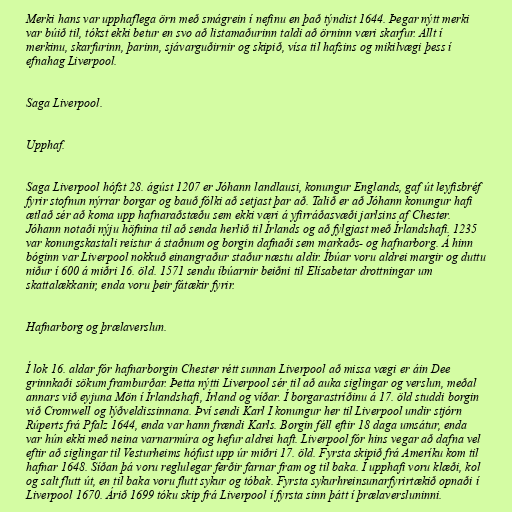
Merki hans var upphaflega örn með smágrein í nefinu en það týndist 1644. Þegar nýtt merki
var búið til, tókst ekki betur en svo að listamaðurinn taldi að örninn væri skarfur. Allt í
merkinu, skarfurinn, þarinn, sjávarguðirnir og skipið, vísa til hafsins og mikilvægi þess í
efnahag Liverpool.

Saga Liverpool.

Upphaf.

Saga Liverpool hófst 28. ágúst 1207 er Jóhann landlausi, konungur Englands, gaf út leyfisbréf
fyrir stofnun nýrrar borgar og bauð fólki að setjast þar að. Talið er að Jóhann konungur hafi
ætlað sér að koma upp hafnaraðstæðu sem ekki væri á yfirráðasvæði jarlsins af Chester.
Jóhann notaði nýju höfnina til að senda herlið til Írlands og að fylgjast með Írlandshafi. 1235
var konungskastali reistur á staðnum og borgin dafnaði sem markaðs- og hafnarborg. Á hinn
bóginn var Liverpool nokkuð einangraður staður næstu aldir. Íbúar voru aldrei margir og duttu
niður í 600 á miðri 16. öld. 1571 sendu íbúarnir beiðni til Elísabetar drottningar um
skattalækkanir, enda voru þeir fátækir fyrir.

Hafnarborg og þrælaverslun.

Í lok 16. aldar fór hafnarborgin Chester rétt sunnan Liverpool að missa vægi er áin Dee
grinnkaði sökum framburðar. Þetta nýtti Liverpool sér til að auka siglingar og verslun, meðal
annars við eyjuna Mön í Írlandshafi, Írland og víðar. Í borgarastríðinu á 17. öld studdi borgin
við Cromwell og lýðveldissinnana. Því sendi Karl I konungur her til Liverpool undir stjórn
Rúperts frá Pfalz 1644, enda var hann frændi Karls. Borgin féll eftir 18 daga umsátur, enda
var hún ekki með neina varnarmúra og hefur aldrei haft. Liverpool fór hins vegar að dafna vel
eftir að siglingar til Vesturheims hófust upp úr miðri 17. öld. Fyrsta skipið frá Ameríku kom til
hafnar 1648. Síðan þá voru reglulegar ferðir farnar fram og til baka. Í upphafi voru klæði, kol
og salt flutt út, en til baka voru flutt sykur og tóbak. Fyrsta sykurhreinsunarfyrirtækið opnaði í
Liverpool 1670. Árið 1699 tóku skip frá Liverpool í fyrsta sinn þátt í þrælaversluninni.